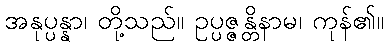
အနုပ္ပန္နာ၊ တို့သည်။ ဥပ္ပဇ္ဇန္တိနာမ၊ ကုန်၏။